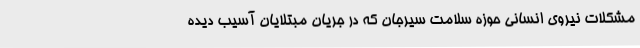
مشکلات نیروی انسانی حوزه سلامت سیرجان که در جریان مبتلایان آسیب دیده